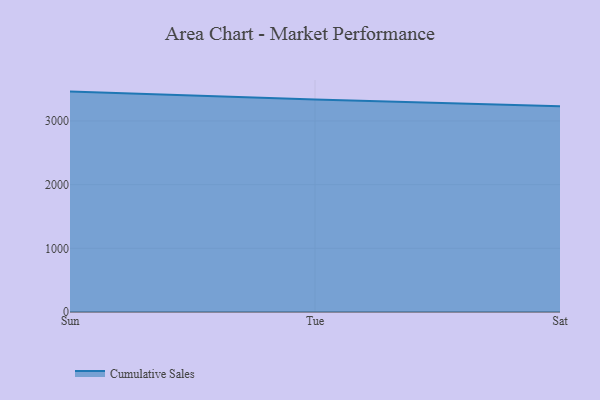
{"axis": {"x": "Day", "y": "Gross Profit (USD K)"}, "legend": ["Cumulative Sales"], "data": [{"x": "Sun", "y": 3461.3, "type": "Cumulative Sales"}, {"x": "Tue", "y": 3337.6, "type": "Cumulative Sales"}, {"x": "Sat", "y": 3231.8, "type": "Cumulative Sales"}]}